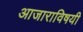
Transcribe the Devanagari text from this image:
आजाराविषयी